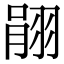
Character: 𦐽